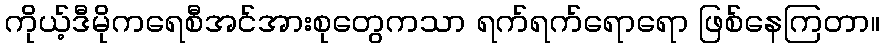
ကိုယ့်ဒီမိုကရေစီအင်အားစုတွေကသာ ရက်ရက်ရောရော ဖြစ်နေကြတာ။